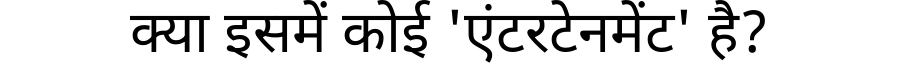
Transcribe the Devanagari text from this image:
क्या इसमें कोई 'एंटरटेनमेंट' है?